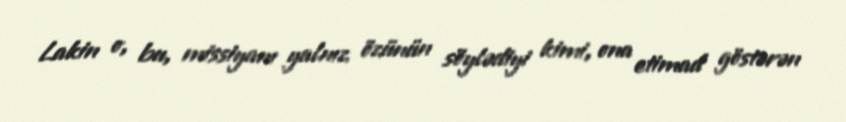
Lakin o, bu, missiyanı yalnız özünün söylədiyi kimi, ona etimad göstərən